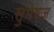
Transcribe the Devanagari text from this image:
सुभेषज